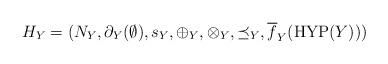
LaTeX: \begin{align*}H_{Y} = (N_{Y}, \partial_{Y}(\emptyset), s_{Y}, \oplus_{Y}, \otimes_{Y}, \preceq_{Y}, \overline{f}_{Y}(\mathrm{HYP}(Y)))\end{align*}